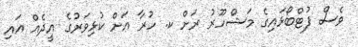
ވެސް ފުޓްބޯޅައިގެ މަޝްހޫރު ރަށް ކ. ހުރާ އަށް ކުޅިވަރުގެ އީދެއް އައި